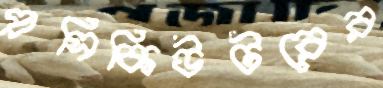
প্রসিকিউটরের